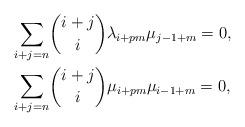
LaTeX: \begin{align*}\sum_{i+j=n}&\binom{i+j}{i}\lambda_{i+pm}\mu_{j-1+m}=0,\\\sum_{i+j=n}&\binom{i+j}{i}\mu_{i+pm}\mu_{i-1+m}=0,\end{align*}